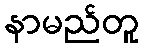
နာမည်တူ